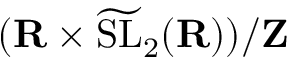
( \mathbf { R } \times { \widetilde \mathrm { { S L } } } _ { 2 } ( \mathbf { R } ) ) / \mathbf { Z }